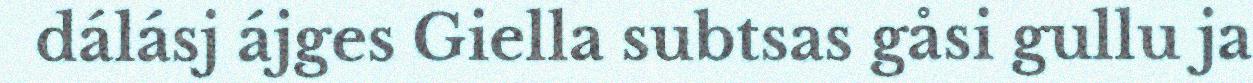
dálásj ájges Giella subtsas gåsi gullu ja